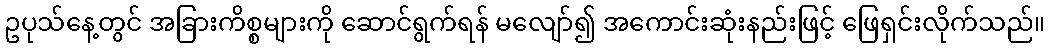
ဥပုသ်နေ့တွင် အခြားကိစ္စများကို ဆောင်ရွက်ရန် မလျော်၍ အကောင်းဆုံးနည်းဖြင့် ဖြေရှင်းလိုက်သည်။